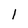
Character: l